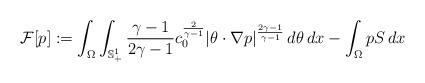
LaTeX: \begin{align*} \mathcal{F}[p]:=\int_\Omega\int_{\mathbb{S}_+^1}\frac{\gamma-1}{2\gamma-1} c_0^{\frac{2}{\gamma-1}}|\theta\cdot\nabla p|^{\frac{2\gamma-1}{\gamma-1}}\, d\theta \, dx-\int_\Omega pS\, dx\end{align*}